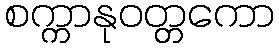
စက္ကာနုဝတ္တကော